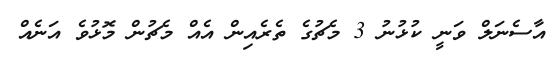
އާސެނަލް ވަނީ ކުޅުނު 3 މެޗުގެ ތެރެއިން އެއް މެޗުން މޮޅުވެ އަނެއް